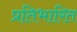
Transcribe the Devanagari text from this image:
प्रतिभारित